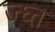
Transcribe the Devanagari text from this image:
ज्घ्त